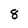
Character: 8